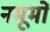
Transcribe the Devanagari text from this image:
नमूमों